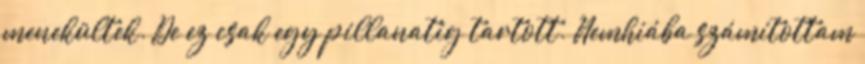
menekültek. De ez csak egy pillanatig tartott. Nemhiába számítottam